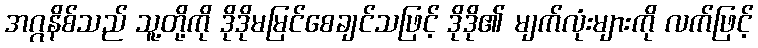
အဂ္ဂနိစ်သည် သူ့တို့ကို ဒိုဒိုမမြင်စေချင်သဖြင့် ဒိုဒို၏ မျက်လုံးများကို လက်ဖြင့်